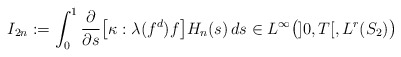
\begin{align*}I_{2n}:= \int_0^1 \dfrac{\partial}{\partial s}\big[\kappa:\lambda(f^d)f\big]H_n(s) \, ds\in L^{\infty}\big(]0, T[, L^r(S_2)\big)\end{align*}